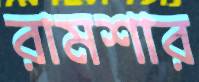
রামশার